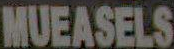
MUEASELS